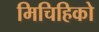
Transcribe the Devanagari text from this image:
मिचिहिको